Vaccination report Assam 1874-1896 - 1874-1896
Year: 1874
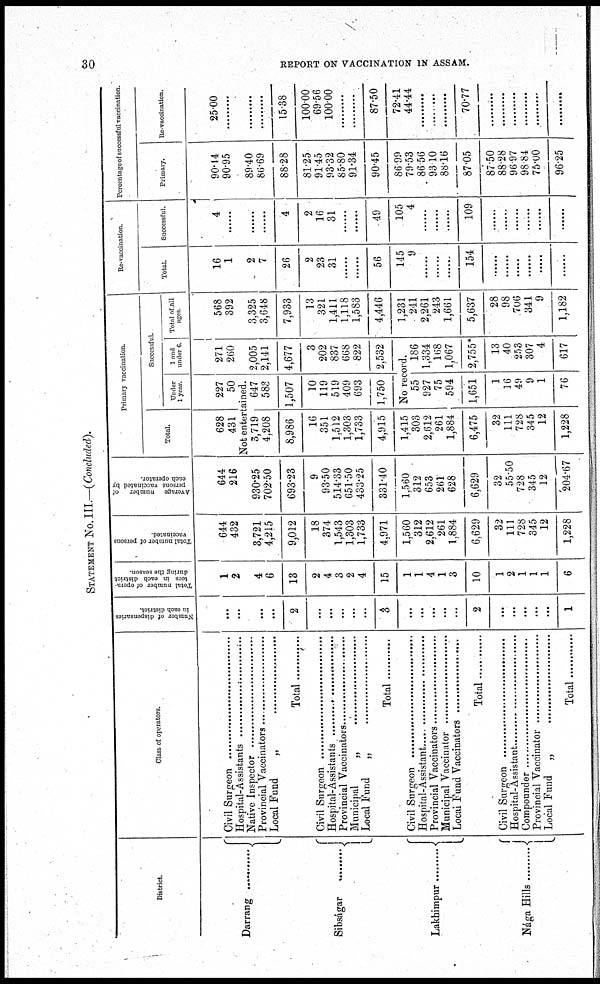
30
REPORT ON VACCINATION IN ASSAM.
STATEMENT No. III.—(Concluded).
District.
Darreang ..............
Sibságar ............
Lakhimpur ..........
Nága Hills
........
Class of operators.
Civil Surgeon ..........................
Hospital-Assistants ......................
Native Inspector ........................
Provincial Vaccinators ..................
Local Fund „ ........................
Total ..................
Civil Surgeon ............................
Hospital-Assistants ......................
Provincial Vaccinators ................
Municipal „ ........................
Local Fund „ ............................
Total ................
Civil Surgeon ......................
Hospital-Assistant ......................
Provincial Vaccinators ....................
Municipal Vaccinator ................
Local Fund Vaccinators ................
Total ..............
Civil Surgeon ..................
Hospital-Assistant ................
Compounder ..........................
Provincial Vaccinator ..................
Local Fund „ ....................
Total ................
Number of dispensaries
in each district.
...
...
...
...
2
...
...
...
...
...
3
...
...
...
...
...
2
...
...
...
...
...
1
Total number of opera-
tors in each district
during the season.
1
2
4
6
13
2
4
3
2
4
15
1
1
4
1
3
10
1
2
1
1
1
6
Total number of persons
vaccinated
644
432
3,721
4,215
9,012
18
374
1,543
1,303
1,733
4,971
1,560
312
2,612
261
1,884
6,629
32
111
728
345
12
1,228
Average number of
persons vaccinated by
each operator.
644
216
930.25
702.50
693.23
9
93.50
514.33
651.50
433.25
331.40
1,560
312
653
261
628
6,629
32
55.50
728
345
12
204.67
Primary vaccination.
Total.
628
431
Successful.
Under
1 year.
227
50
Not entertained.
3,719
4,208
8,986
16
351
1,512
1,303
1,733
4,915
1,415
303
2,612
261
1,884
6,475
32
111
728
345
12
1,228
647
583
1,507
10
119
519
409
693
1,750
1 and
under 6
271
260
2,005
2,141
4,677
3
202
837
668
822
2,532
No record.
55
927
75
594
1,651
1
16
49
9
1
76
186
1,334
168
1,067
2,755*
13
40
253
307
4
617
Total of all
ages
568
392
3,325
3,648
7,933
13
321
1,411
1,118
1,583
4,446
1,231
241
2,261
243
1,661
5,637
28
98
706
341
9
1,182
Re-vaccination.
Total.
16
1
2
7
26
2
23
31
......
......
56
145
9
......
......
......
154
......
......
......
......
......
......
Successful.
4
......
......
......
4
2
16
31
......
......
49
105
4
......
......
......
109
......
......
......
......
......
......
Percentage of successful vaccination.
Primary.
90.14
90.95
89.40
86.69
88.28
81.25
91.45
93.32
85.80
91.34
90.45
86.99
79.53
86.56
93.10
88.16
87.05
87.50
88.28
96.97
98.84
75.00
96.25
Re-vaccination.
25.00
.........
.........
.........
15.38
100.00
69.56
100.00
.........
.........
87.50
72.41
44.44
.........
.........
.........
70.77
.........
.........
.........
.........
.........
.........